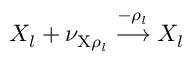
X _ { l } + \nu _ { \mathrm { X } \rho _ { l } } \overset { - \rho _ { l } } \longrightarrow X _ { l }